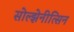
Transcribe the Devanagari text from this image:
सोल्झेनीत्सिन